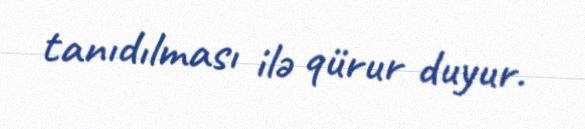
tanıdılması ilə qürur duyur.